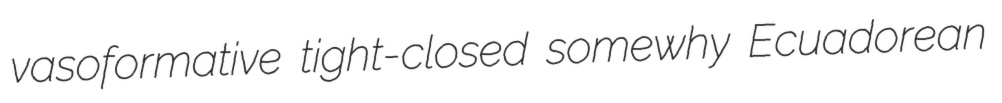
vasoformative tight-closed somewhy Ecuadorean